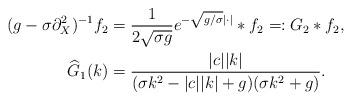
LaTeX: \begin{align*}(g - \sigma \partial^2_X)^{-1} f_2 & = {1\over 2\sqrt{\sigma g}} e^{-\sqrt{g/\sigma} |\cdot|} \ast f_2 =: G_2 * f_2, \\\widehat{G}_1(k) & = {|c||k| \over (\sigma k^2 - |c||k| + g) (\sigma k^2 + g)}.\end{align*}